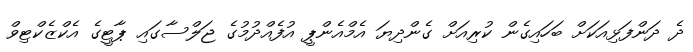
ދެ ދަންފަޅިއަކަށް ބަހައިގެން ކުރިއަށް ގެންދިޔަ އެމްއެންޕީ އުފެއްދުމުގެ ޖަލްސާގައި ޕާޓީގެ އެކްޒެކްޓިވް